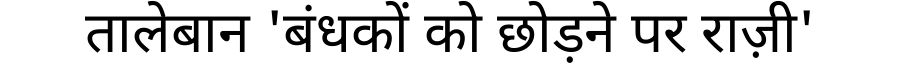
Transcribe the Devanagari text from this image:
तालेबान 'बंधकों को छोड़ने पर राज़ी'